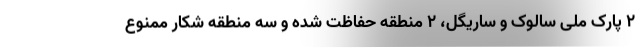
۲ پارک ملی سالوک و ساریگل، ۲ منطقه حفاظت شده و سه منطقه شکار ممنوع